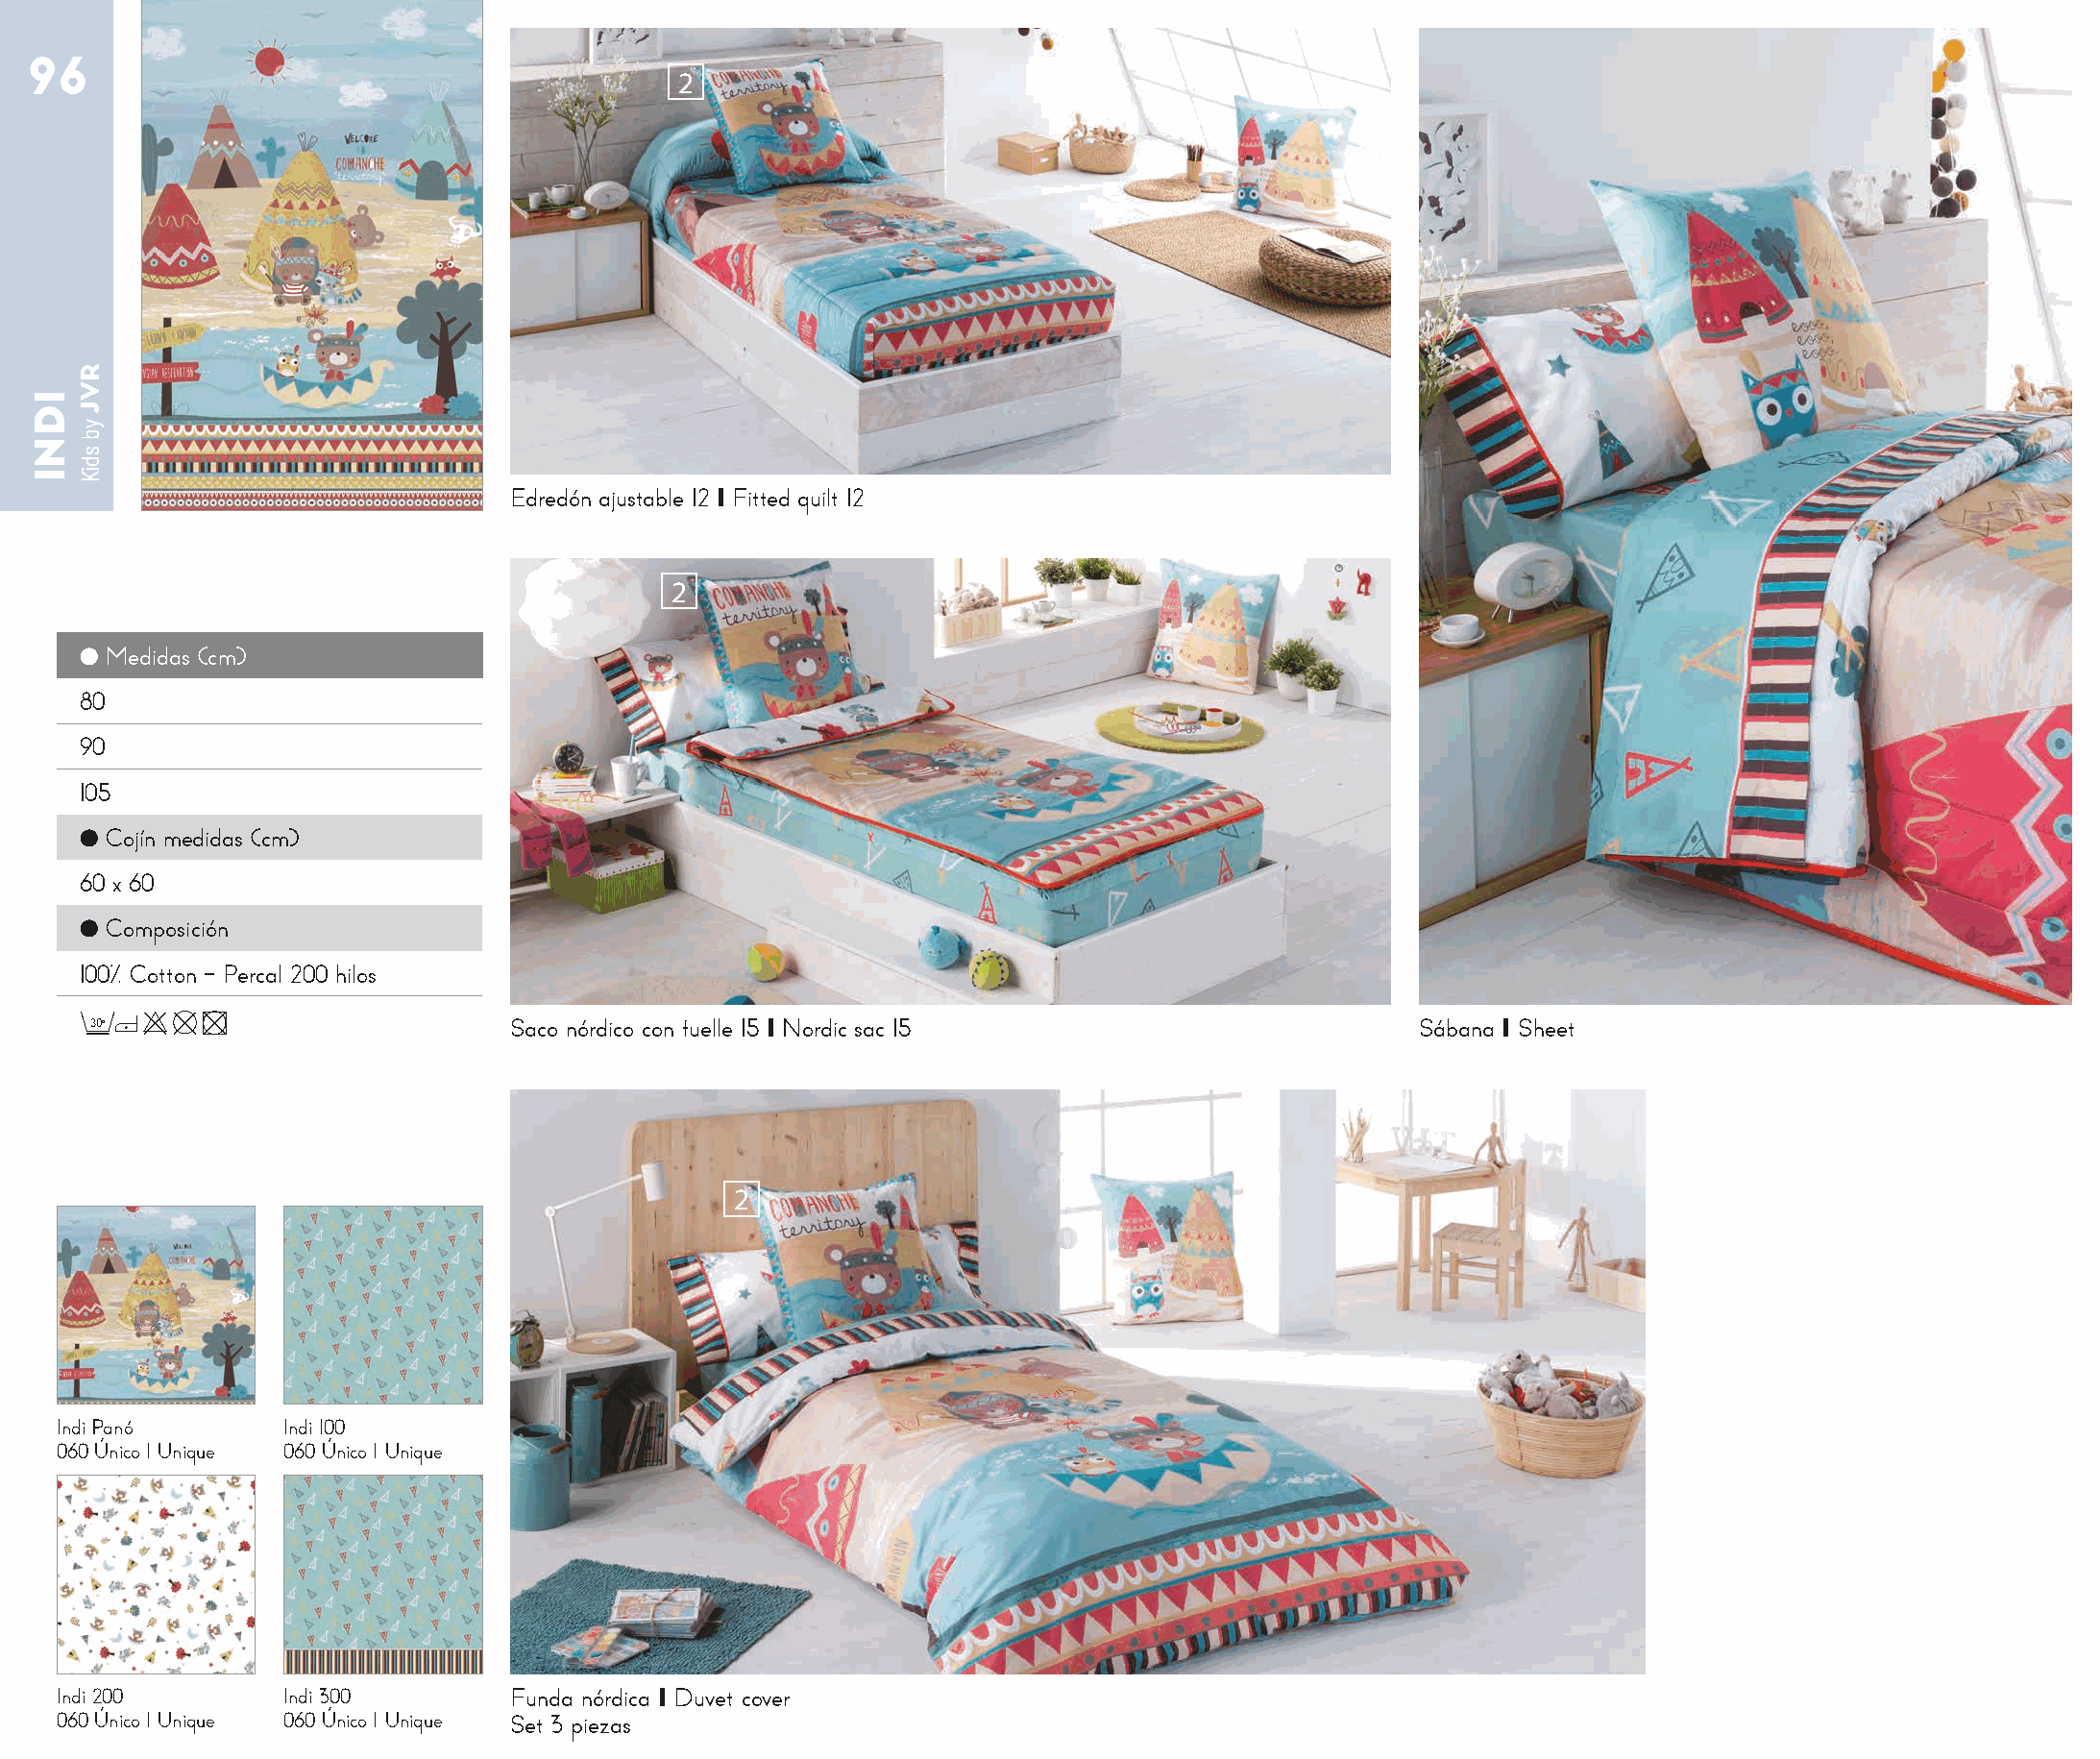
96
 2
 Edredón ajustable 12 I Fitted quilt 12
 2
 ● Medidas (cm)
 80
 90
 105
 ● Cojín medidas (cm)
 60 x 60
 ● Composición
 100% Cotton - Percal 200 hilos
 30o                          Saco nórdico con fuelle 15 I Nordic sac 15                     Sábana I Sheet
 2
 Indi Panó       Indi 100
 060 Único I Unique 060 Único I Unique
 Indi 200        Indi 300       Funda nórdica I Duvet cover
 060 Único I Unique 060 Único I Unique Set 3 piezas
 IDNI
 RVJ
 yb
 sdiK